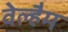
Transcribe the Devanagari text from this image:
वेल्हैम